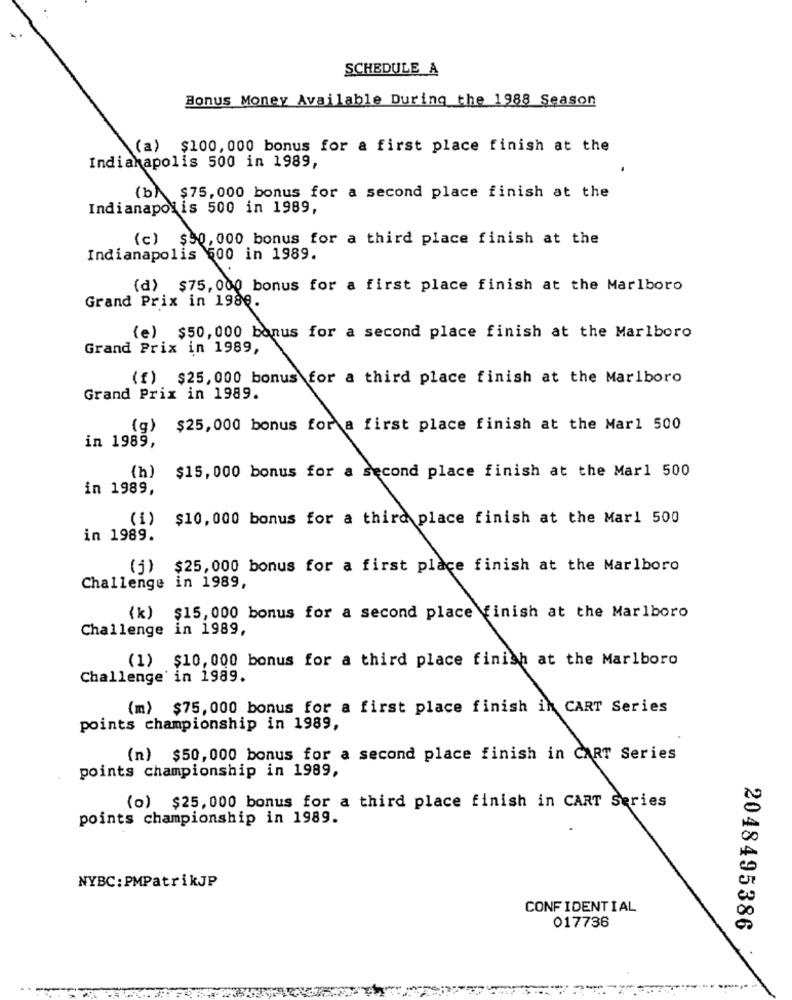
SCHEDULE A
Bonus Money Available During the 1988 Season
(a) $100, 000 bonus for a first place finish at the
Indianapolis 500 in 1989,
-
(b) $75, 000 bonus for a second place finish at the
Indianapolis 500 in 1989,
(c) $50, 000 bonus for a third place finish at the
Indianapolis 600 in 1989.
(d) $75, 000 bonus for a first place finish at the Marlboro
Grand Prix in 1986.
(e) $50, 000 bonus for a second place finish at the Marlboro
Grand Prix in 1989,
(f) $25, 000 bonus for a third place finish at the Marlboro
Grand Prix in 1989.
(g) $25, 000 bonus for a first place finish at the Mar1 500
in 1989,
(h)
$15, 000 bonus for a second place finish at the Mar1 500
in 1989,
(1)
$10, 000 bonus for a third place finish at the Mar1 500
in 1989.
(j) $25, 000 bonus for a first place finish at the Marlboro
Challenge in 1989,
(k) $15, 000 bonus for a second place finish at the Marlboro
Challenge in 1989,
(1) $10, 000 bonus for a third place finish at the Marlboro
Challenge in 1989.
(m) $75, 000 bonus for a first place finish in CART Series
points championship in 1989,
(n) $50,000 bonus for a second place finish in CART Series
points championship in 1989,
(o) $25, 000 bonus for a third place finish in CART Series
points championship in 1989.
NYBC:PMPatrikJP
CONFIDENTIAL
017736
2048495386